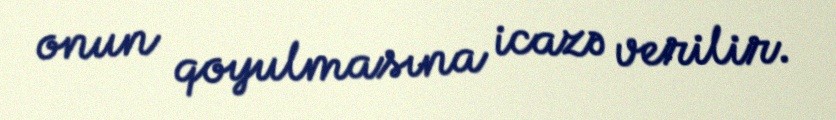
onun qoyulmasına icazə verilir.